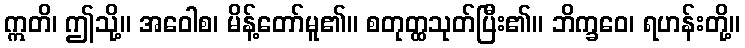
ဣတိ၊ ဤသို့။ အဝေါစ၊ မိန့်တော်မူ၏။ စတုတ္ထသုတ်ပြီး၏။ ဘိက္ခဝေ၊ ရဟန်းတို့။